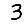
Digit: 3